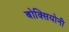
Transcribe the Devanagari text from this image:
बोक्सियोनी